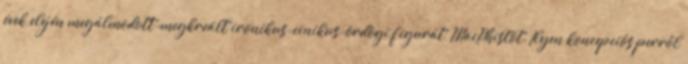
évek elején megálmodott-megkreált ironikus-cinikus-ördögi figurát, MacPhistót. Ilyen koncepciós perről